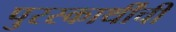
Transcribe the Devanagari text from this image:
पुरस्कार्थींची